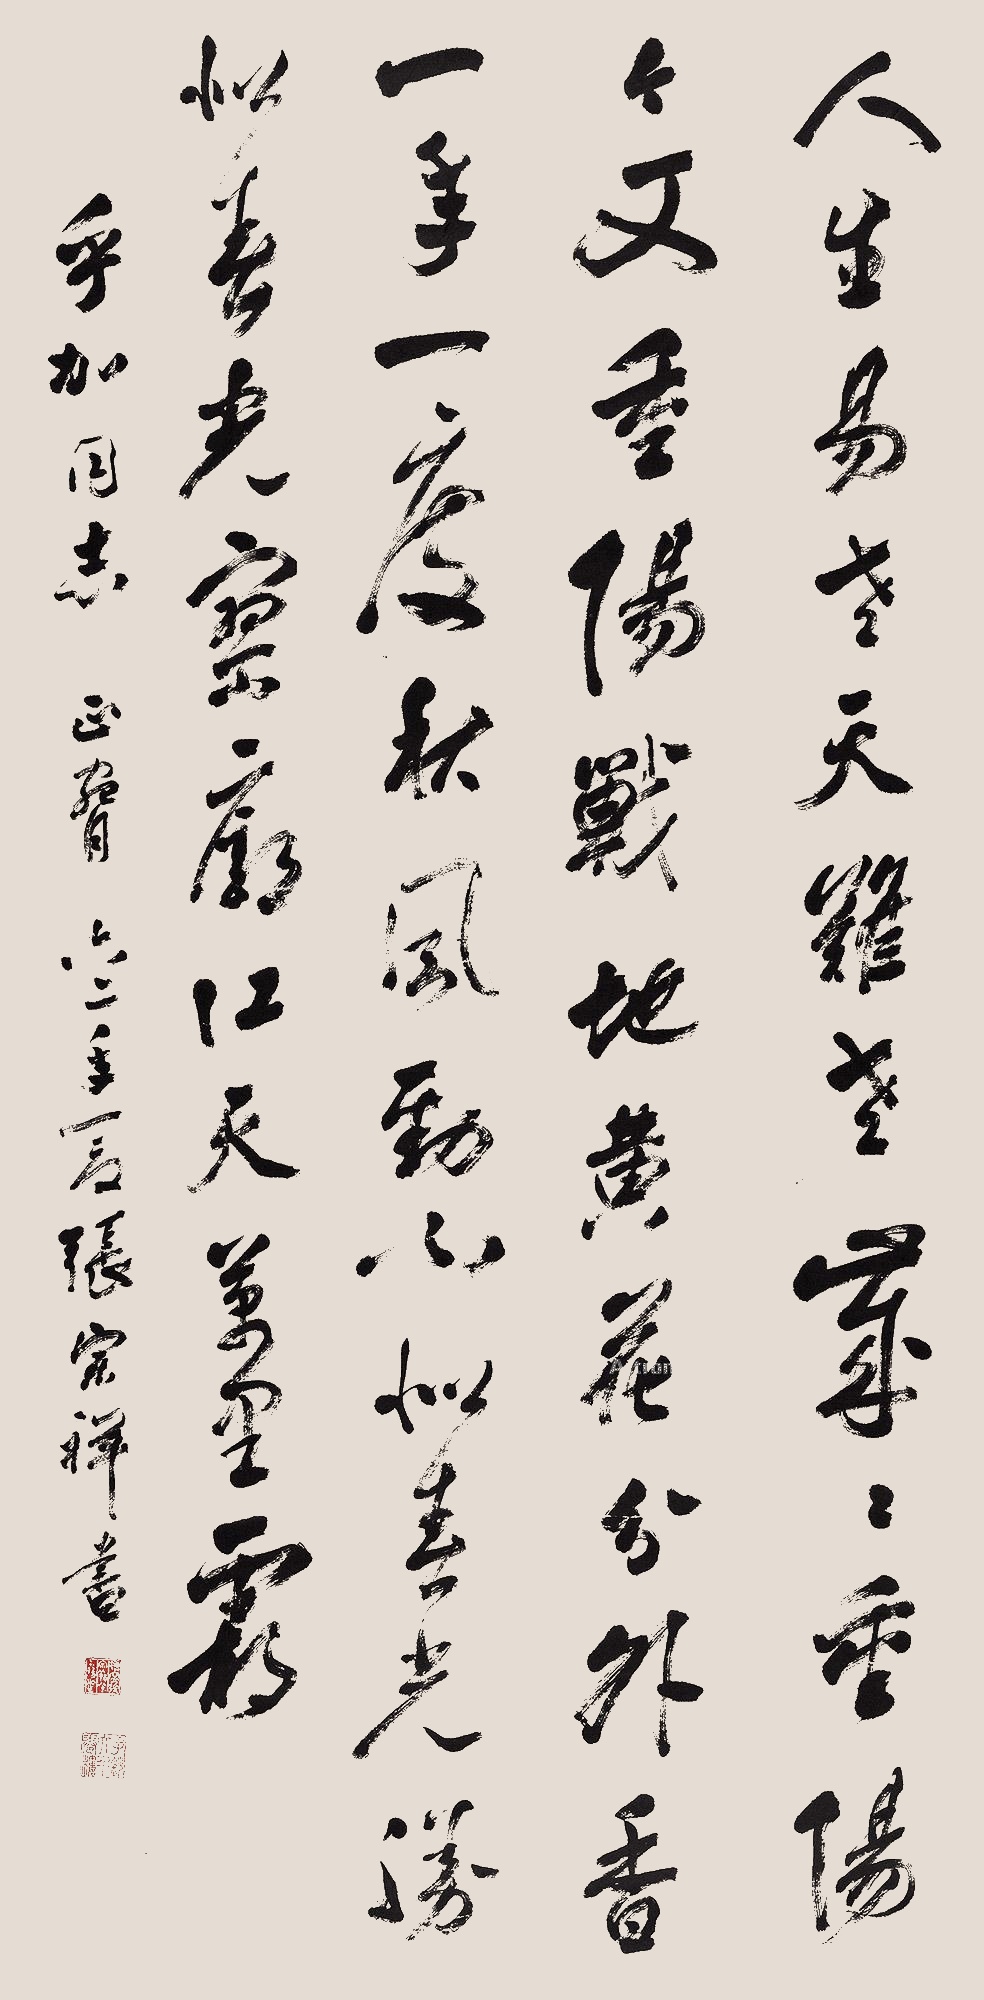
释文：人生易老天难老，岁岁重阳，今又重阳，战地黄花分外香。一年一度秋风劲，不似春光，胜似春光，寥廓江天万里霜。乎加同志正腕。六二年夏，张宗祥书。